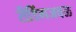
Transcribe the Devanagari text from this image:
रीडिंगजवळ